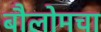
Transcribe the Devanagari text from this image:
बौलोमचा